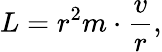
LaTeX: L=r^{2}m\cdot{\frac{v}{r}},